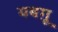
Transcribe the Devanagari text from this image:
यबग़ू